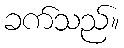
ခက်သည်။